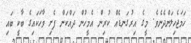
ހަމަޖެހިލަންދެނެވެ. މީގެ އިރުގަނޑެއް ކުރިން އެމީހުން ދައްކަން ފެށި ވާހަކައިގެ ބާކީ ބައި